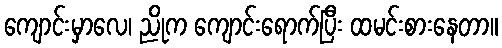
ကျောင်းမှာလေ၊ ညိုက ကျောင်းရောက်ပြီး ထမင်းစားနေတာ။